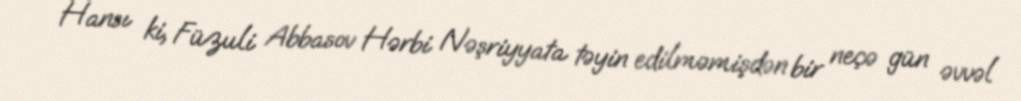
Hansı ki, Füzuli Abbasov Hərbi Nəşriyyata təyin edilməmişdən bir neçə gün əvvəl